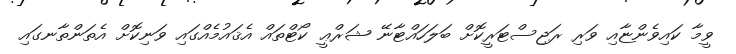
ވީމާ ކައިވެންޏާއި ވަރި ރަޖިސްޓަރީކޮށް ބަލަހައްޓާނޭ ޝަރްޢީ ކޯޓްތައް އެޤައުމެއްގައި ވަނިކޮށް އެތަންތާނގައި